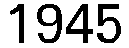
1945